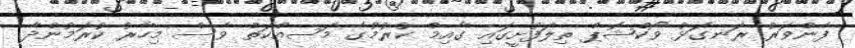
ފެންވަރު ރަނގަޅު ވޯކްޝޮޕް ތިލަފުށީގައި ގާއިމް ކުރުމުގެ މަސއްކަތް ވެސް މިހާރު ކުރަމުންދާ